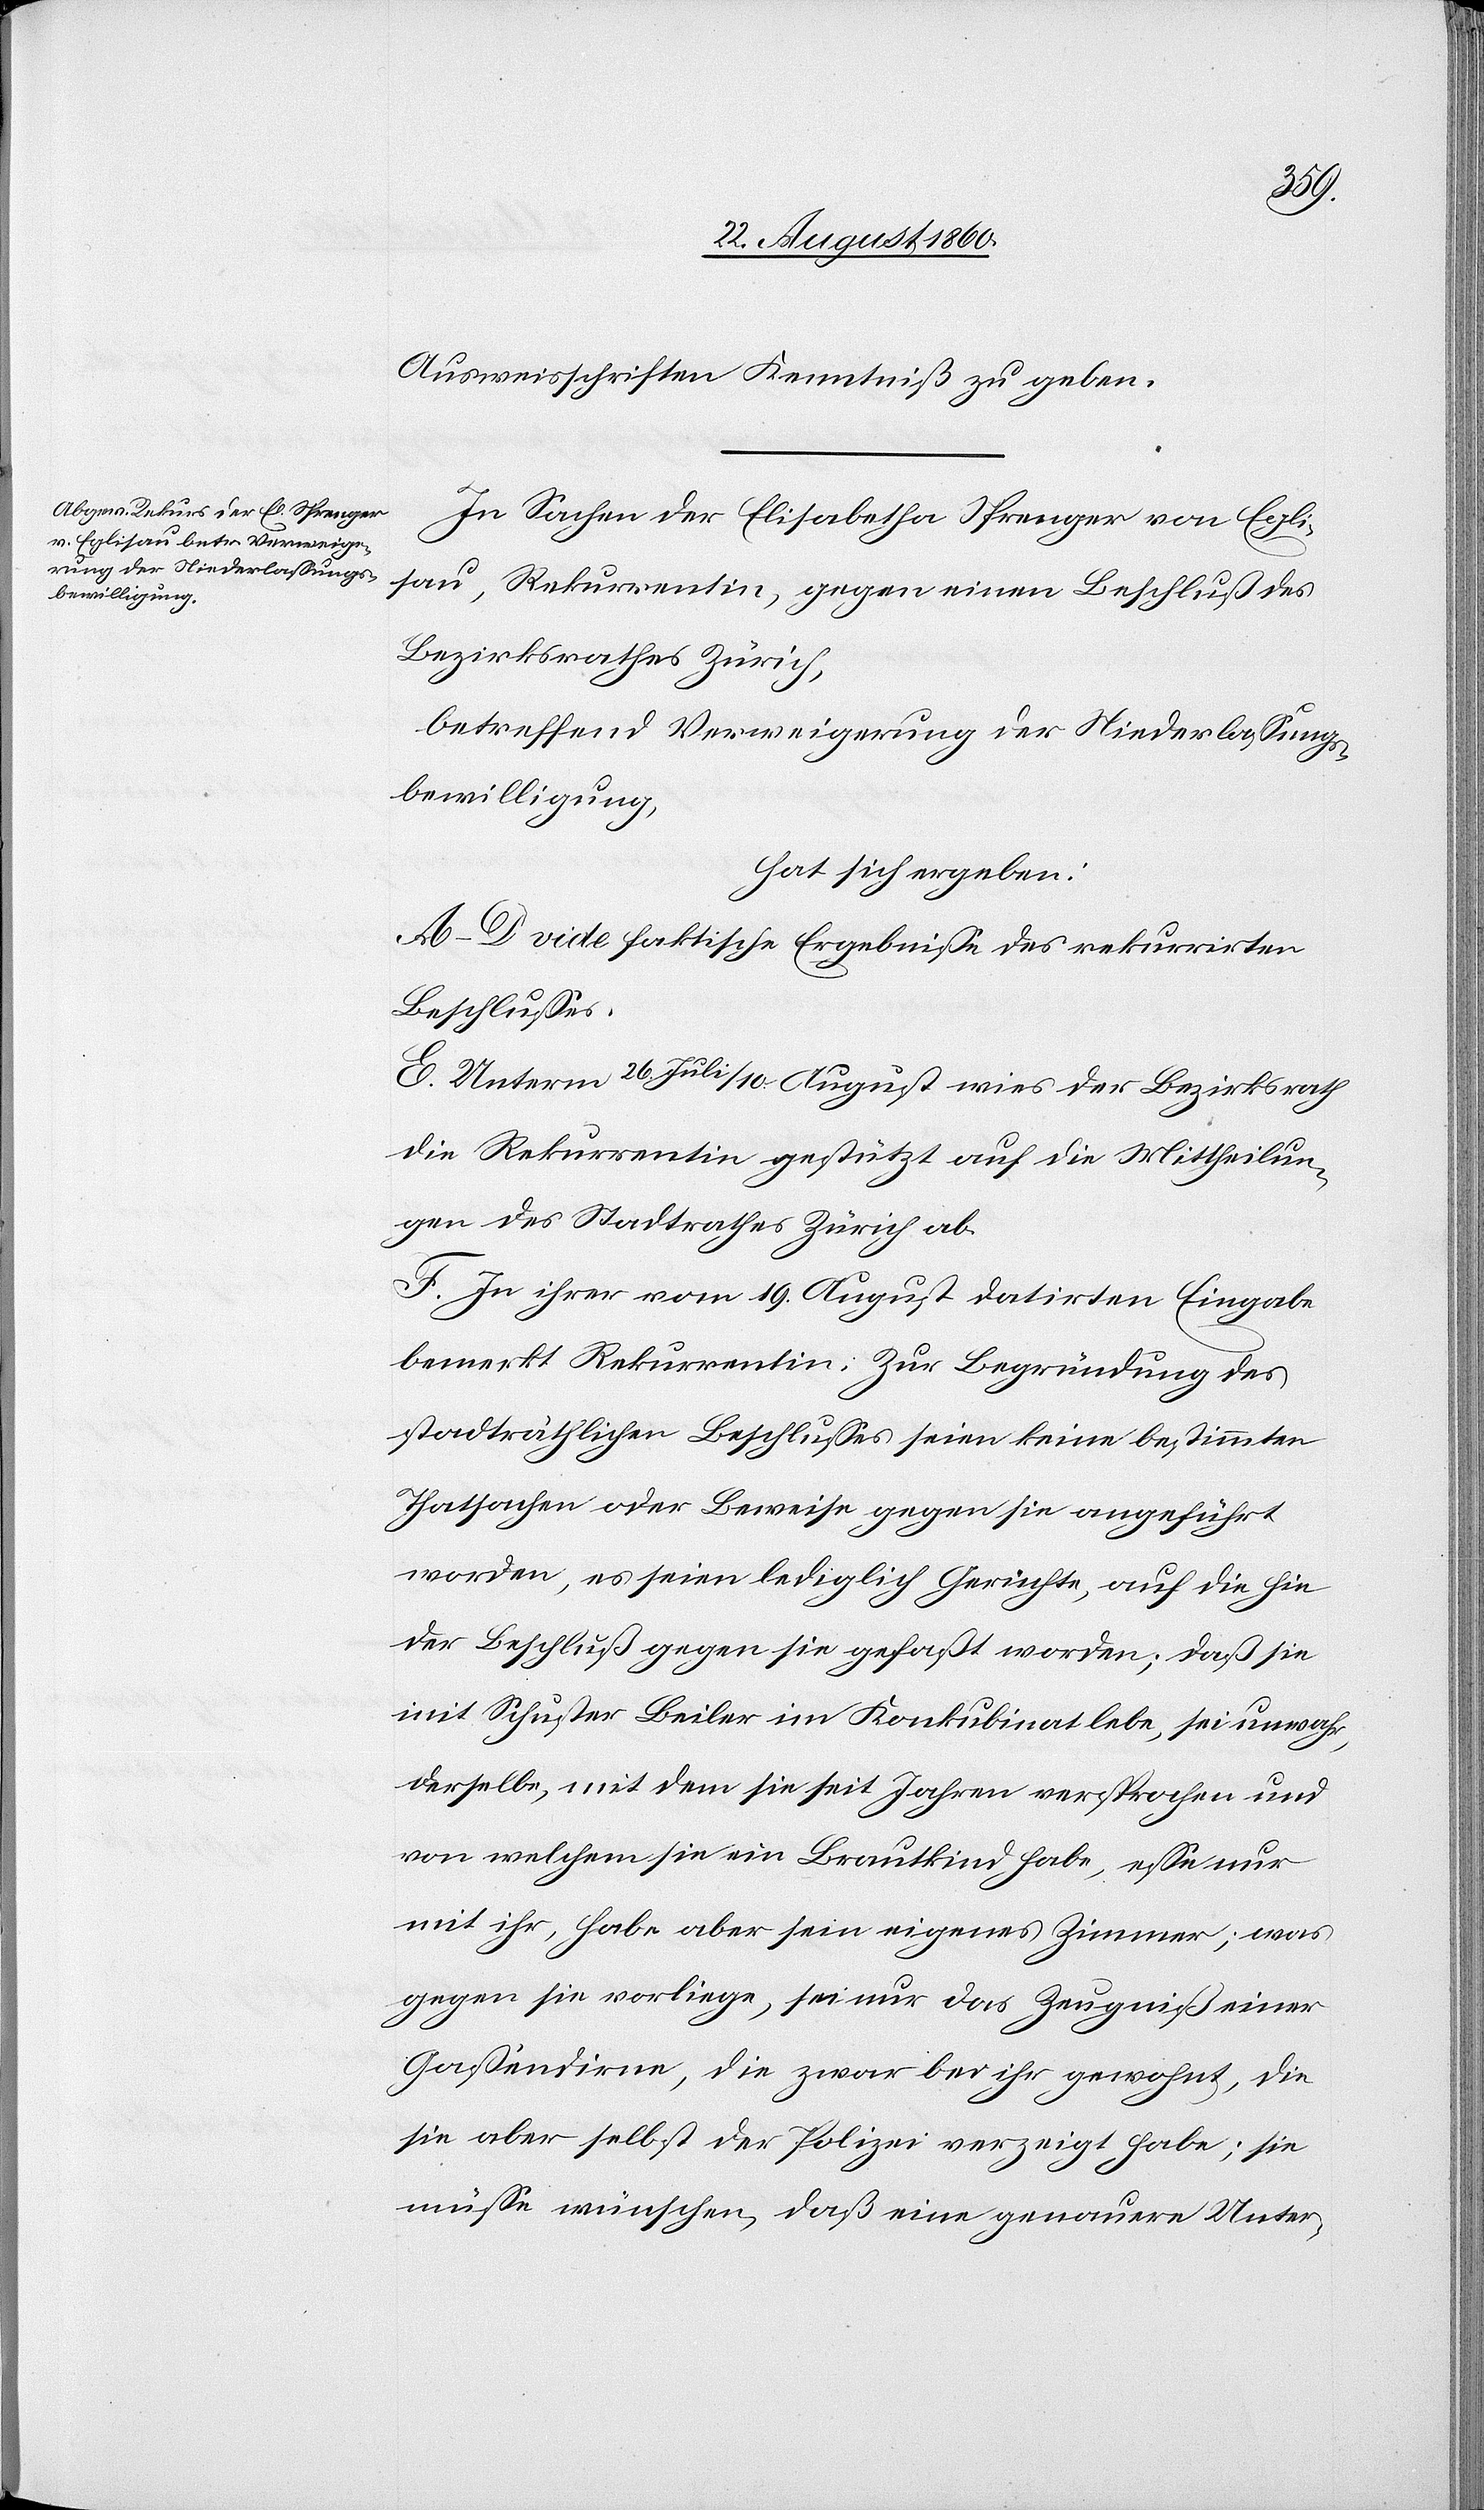
Ausweisschriften Kenntniss zu geben.
In Sachen der Elisabetha Sprenger von Egli¬
sau, Rekurrentin gegen einen Beschluss des
Bezirksrathes Zürich
betreffend Verweigerung der Niederlassungs¬
bewilligung
hat sich ergeben:
A–D. vide faktische Ergebnisse des rekurrirten
Beschlusses.
E. Unterm 26. Juli/10. August wies der Bezirksrath
die Rekurrentin gestützt auf die Mittheilun¬
g des Stadtrathes Zürich ab.
F. In ihrer vom 19. August datirten Eingabe
bemerkt Rekurrentin: zur Begründung des
stadträthlichen Beschlusses seien keine bestimmten
Thatsachen oder Beweise gegen sie angeführt
worden, es seien lediglich Gerüchte, auf die hin
der Beschluss gegen sie gefasst worden; dass sie
mit Schuster Beiler im Konkubinat lebe, sei unwahr;
derselbe, mit dem sie seit Jahren versprochen, und
von welchem sie ein Brautkind habe, esse nur
mit ihr, habe aber sein eigenes Zimmer; was
gegen sie vorliege, sei nur das Zeugniss einer
Gassendirne, die zwar bei ihr gewohnt, die